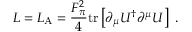
{ \cal L } = { \cal L } _ { \mathrm { A } } = \frac { F _ { \pi } ^ { 2 } } { 4 } \mathrm { t r } \left[ \partial _ { \mu } U ^ { \dag } \partial ^ { \mu } U \right] \ .